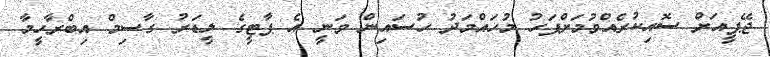
ޖޭޕީއަށް ސޮއިކުރެއްވުމަށްފަހު މުހައްމަދު ހުސައިން ވަނީ އެ ޕާޓީގެ ލީޑަރު ގާސިމް އިބްރާހީމާ